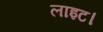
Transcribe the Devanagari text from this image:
लाइट।